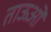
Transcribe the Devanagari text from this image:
ताऊओं